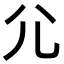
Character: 尣